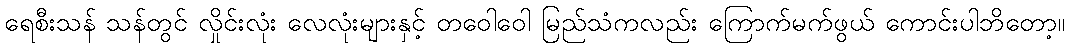
ရေစီးသန် သန်တွင် လှိုင်းလုံး လေလုံးများနှင့် တဝေါဝေါ မြည်သံကလည်း ကြောက်မက်ဖွယ် ကောင်းပါဘိတော့။